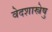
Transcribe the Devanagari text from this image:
वेदशास्त्रेषु